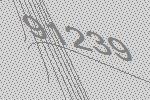
91239